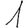
Digit: 1